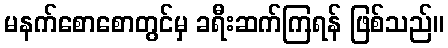
မနက်စောစောတွင်မှ ခရီးဆက်ကြရန် ဖြစ်သည်။